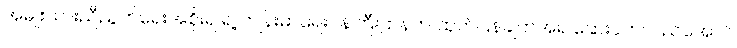
အမျိုးသားညီညွတ်ရေးအစိုးရ ရဲ့ ကျန်းမာရေးဝန်ကြီးဌာနက ထုတ်ပြန်ချက်အရ ဆေးပတ်လည်အောင်